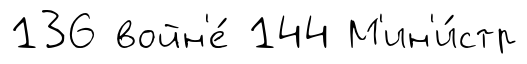
136 войн'е́ 144 М'ин'и́стр